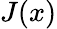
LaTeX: J(x)